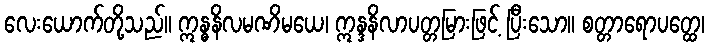
လေးယောက်တို့သည်။ ဣန္ဓနိလမဏိမယေ၊ ဣန္ဒနိလာပတ္တမြားဖြင့် ပြီးသော။ စတ္တာရောပတ္ထေ၊